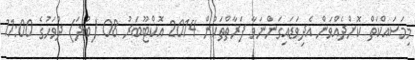
މިމަސައްކަތް ކޮށްދެއްވަން އެދިވަޑައިގަންނަވާ ފަރާތްތަކުން 2014 އޮކްޓޫބަރު 08 (ބުދަ) ދުވަހުގެ 11:00